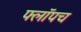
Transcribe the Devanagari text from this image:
फ्लॉपच